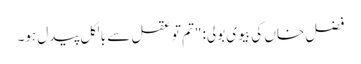
فضل خاں کی بیوی بولی: "تم تو عقل سے بالکل پیدل ہو۔